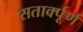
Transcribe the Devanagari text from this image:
सतार्क्पूर्ण